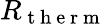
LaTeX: R_{\mathrm{~t~h~e~r~m~}}